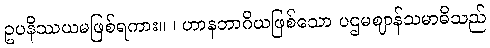
ဥပနိဿယမဖြစ်ရကား။ ၊ ဟာနဘာဂိယဖြစ်သော ပဌမဈာန်သမာဓိသည်